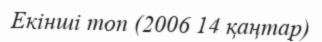
Екінші топ (2006 14 қаңтар)